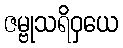
ဇမ္ဗုသရိဝှယေ